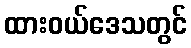
ထားဝယ်ဒေသတွင်